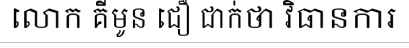
លោក គីមូន ជឿ ជាក់ថា វិធានការ